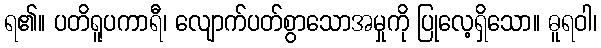
ရ၏။ ပတိရူပကာရီ၊ လျောက်ပတ်စွာသောအမှုကို ပြုလေ့ရှိသော။ ဓူရဝါ၊